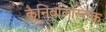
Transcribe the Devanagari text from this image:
कैनिबलिस्टिक